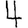
Digit: 4